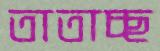
তাতাচ্ছ